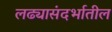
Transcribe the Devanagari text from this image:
लढ्यासंदर्भातील